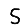
Digit: 5